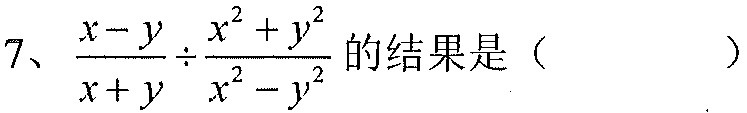
7、\(\frac{x - y}{x + y} \div \frac{x^{2} + y^{2}}{x^{2} - y^{2}}\)的结果是（  ）